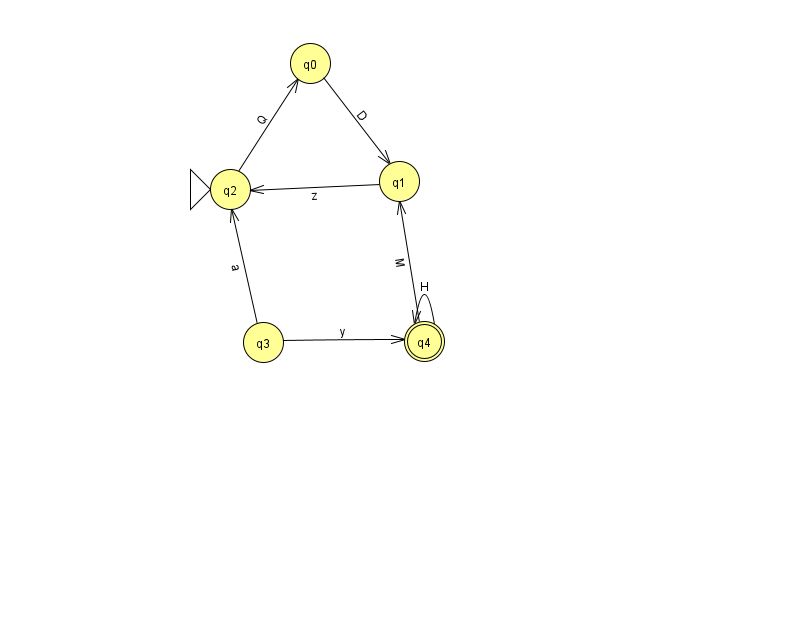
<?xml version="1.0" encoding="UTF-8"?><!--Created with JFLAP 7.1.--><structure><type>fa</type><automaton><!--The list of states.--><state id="0" name="q0"><x>310.0</x><y>50.0</y></state><state id="1" name="q1"><x>399.0</x><y>168.0</y></state><state id="2" name="q2"><x>230.0</x><y>176.0</y><initial/></state><state id="3" name="q3"><x>263.0</x><y>329.0</y></state><state id="4" name="q4"><x>424.0</x><y>328.0</y><final/></state><!--The list of transitions.--><transition><from>3</from><to>4</to><read>y</read></transition><transition><from>3</from><to>2</to><read>a</read></transition><transition><from>4</from><to>1</to><read>M</read></transition><transition><from>4</from><to>4</to><read>H</read></transition><transition><from>1</from><to>2</to><read>z</read></transition><transition><from>0</from><to>1</to><read>D</read></transition><transition><from>2</from><to>0</to><read>Q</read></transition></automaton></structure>